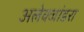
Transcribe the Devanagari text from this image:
अलेक्जांडरा